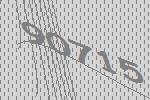
90715